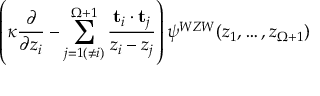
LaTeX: \left( \kappa \frac { \partial } { \partial z _ { i } } - \sum _ { j = 1 ( \neq i ) } ^ { \Omega + 1 } \frac { { \bf t } _ { i } \cdot { \bf t } _ { j } } { z _ { i } - z _ { j } } \right) \psi ^ { W Z W } ( z _ { 1 } , \dots , z _ { \Omega + 1 } )